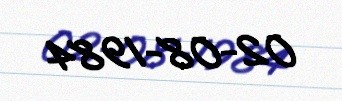
02-08-1984